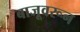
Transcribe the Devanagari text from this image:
बाजूवरून